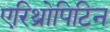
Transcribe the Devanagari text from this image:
एरिथ्रोपिटिन